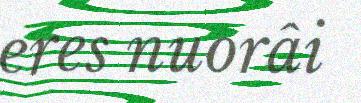
eres nuorâi